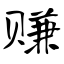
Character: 赚